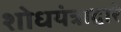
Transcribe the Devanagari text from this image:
शोधयंत्राद्वारे